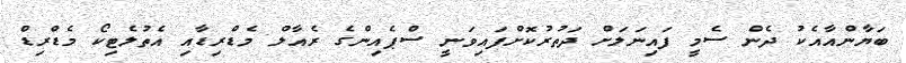
ބަޔާންއާއެކު ދެން ސެމީ ފައިނަލަށް ދަތުރުކޮށްފައިވަނީ ސްޕެއިންގެ ރެއާލް މެޑްރިޑާއި އެތުލެޓިކޯ މެޑްރިޑް